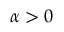
\alpha > 0